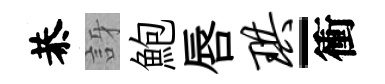
恭訝鮑唇珙-衝